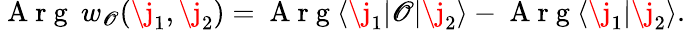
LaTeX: \begin{array}{r}{\mathrm{~A~r~g~}\: w_{\mathscr{O}}(\j_{1},\j_{2})=\mathrm{~A~r~g~}\langle\j_{1}\lvert\mathscr{O}\lvert\j_{2}\rangle-\mathrm{~A~r~g~}\langle\j_{1}\lvert\j_{2}\rangle.}\end{array}